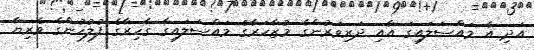
އަދި އެ މައްސަލައިގަ އާއި ދަރިވަރުންގެ މުޒާހަރާގެ މައްސަލައިގާ ގާހިރާގެ ފުލުހުންގެ ވެރިޔާ